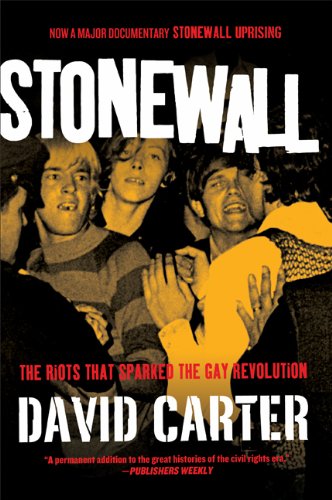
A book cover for Stonewall: The Riots That Sparked the Gay Revolution; David Carter; Gay & Lesbian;